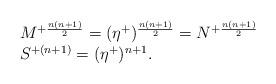
LaTeX: \begin{align*}\begin{array}{lcr}M^{+{n(n+1)\over2}}=(\eta^+)^{{n(n+1)\over2}}=N^{+{n(n+1)\over2}}\\S^{+(n+1)}=(\eta^+)^{n+1}.\end{array}\end{align*}